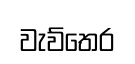
වැව්තෙර